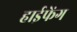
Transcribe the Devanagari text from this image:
हाईफेंग